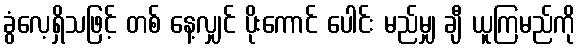
ခွံလေ့ရှိသဖြင့် တစ် နေ့လျှင် ပိုးကောင် ပေါင်း မည်မျှ ချီ ယူကြမည်ကို